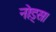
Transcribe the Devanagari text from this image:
नोड्स।